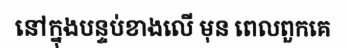
នៅក្នុងបន្ទប់ខាងលើ មុន ពេលពួកគេ